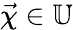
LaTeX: \vec{\chi}\in\mathbb{U}